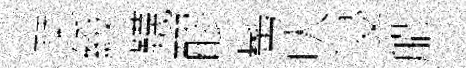
琹綬韈醪髩㕥浸船